Vital statistics of India. Vol. IV, Annual returns from 1871 to 1876. British Army of India, Native Army and jails of Bengal
Year: 1871
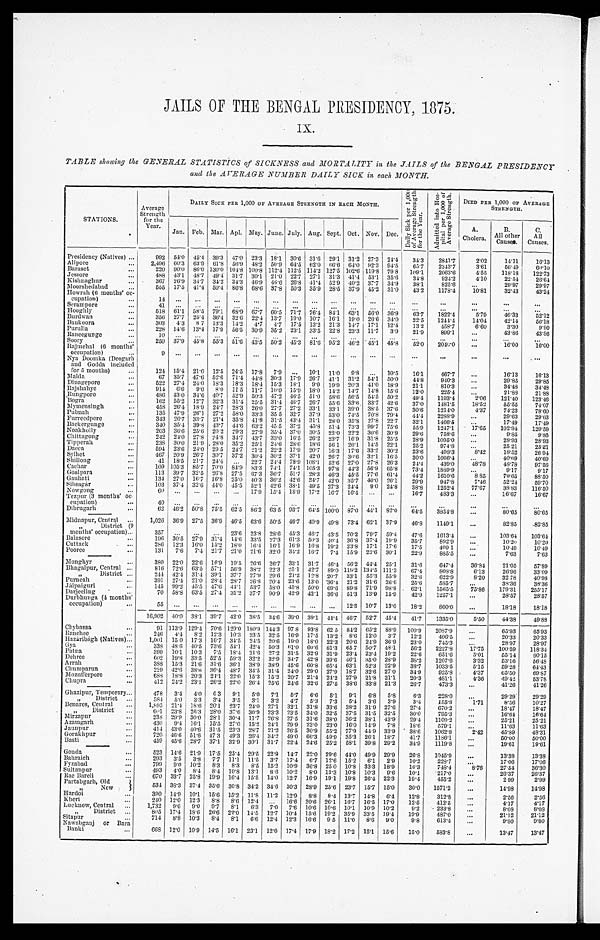
JAILS OF THE BENGAL PRESIDENCY, 1875.
IX.
TABLE showing the GENERAL STATISTICS of SICKNESS and MORTALITY in the JAILS of the BENGAL PRESIDENCY
and the AVERAGE NUMBER DAILY SICK in each MONTH.
STATIONS.
Average
Strength
for the
Year.
DAILY SICK PER 1,000 OF AVERAGE STRENGTH IN EACH MONTH.
D a i l y S i c k p e r 1 , 0 0 0 o f A v e r a g e S t r e n g t h f o r t h e Y e a r .
A d m i t t e d i n t o H o s p i t a l p e r 1 , 0 0 0 o f A v e r a g e S t r e n g t h .
DIED PER 1,000 OF AVERAGE
STRENGTH.
Jan. Feb. Mar. Apl. May. June. July. Aug. Sept. Oct. Nov. Dec.
A.
Cholera.
B.
All other
Causes.
C.
All
Causes.
Presidency (Natives) ...
992
5 4 . 0
4 5 . 4
3 9 . 3
4 7 . 0
2 3 . 3
1 8 . 1
3 0 . 6
3 1 . 6
2 9 . 1
3 1 . 2
2 7 . 3
2 4 . 4
3 4 . 3
2 8 4 1 . 7
2 . 0 2
1 4 . 1 1
1 6 . 1 3
Alipore
...
2,496 60.3 63.9 61.8
5 6 . 9 48.2 50.9 64.5
6 2 . 0 66.6 64.0
9 2 . 3 94.5
65.7
2 3 4 3 . 7
3 . 6 1
5 6 . 4 9
6 0 . 1 0
Baraset
...
220
9 0 . 0
8 6 . 0
1 3 0 . 0
1 0 4 . 8
1 0 0 . 8
1 1 2 . 4
1 1 2 . 5
1 1 4 . 2
1 2 7 . 5
1 0 2 . 6
1 1 9 . 8
7 9 8
1 0 9 . 1
2 0 6 3 . 6
4 . 5 5
1 1 8 . 1 8
1 2 2 . 7 3
Jessore
...
488 43.1 48.7 49.4 31.7 30.1 21.0
2 2 . 7
2 7 . 1
3 1 . 3 41.4 53.1 35.6
34.8
9 2 4 . 2
4 . 1 0
2 2 . 5 4
2 6 . 6 4
Kishnaghur
...
367
2 6 . 9 34.7
3 4 . 2
3 4 . 3 46.9 46.6 26.8
4 1 . 4 52.9 40.2 37.7 34.9
38.1
825.6
...
29.97
29.97
Moorshedabad
...
565 17.5
4 1 . 4 50.4 86.8 68.6 37.8 50.3 35.9 28.5 37.9 45.2 31.0
43.2
1178.4
10.81
32.43
43.24
Howrah (6 months' oc-
cupation)
...
1 4
. . .
. . .
. . .
. . .
. . .
. . .
. . .
. . .
. . .
. . .
. . .
. . .
. . .
. . .
...
. . .
. . .
Serampore
...
41
. . .
. . .
. . . . . .
. . .
. . .
. . .
. . .
. . .
. . .
. . .
. . .
. . .
. . .
. . .
. . .
. . .
Hooghly
...
518 61.1 58.5 79.1 68.9 67.7 60.5 71.7 76.4
8 4 . 1 63.1 56.0 36.9
63.7
1 8 2 2 . 4
5.79
46.33
52.12
Burdwan
...
356
2 7 . 7 25.4 36.4 32.6 22.4 13.7
1 9 . 0
1 0 . 7
1 6 . 1 19.0 26.6 34.0
22.5
1 2 4 4 . 4
14.04
42.14
56.18
Bankoora
...
303
4.3
8 7 13.3 14.2
4 . 7 4.7 17.5 13.2 21.3 14.7 17.1 12.4
13.2
4 5 8 . 7
6.60
3.30
9 . 9 0
Purulia
...
228 14.6
1 3 . 4 17.9 56.5 30.9 35.2 23.1 33.5 22.8 23.3 11.7
3.9
21.9
899.1
...
4 3 . 8 6
4 3 . 8 6
Raneegunge
...
10
. . .
. . .
. . .
. . .
. . .
. . .
. . .
. . .
. . .
. . .
. . .
. . .
. . .
. . .
. . .
. . .
. . .
Soory
. . .
250 37.9 45.8 55.3 51.6 43.5 50.2 45.3 81.6
9 5 . 2 46.2 45.1
4 5 . 8
52.0
2040.0
...
16.00
16.00
Rajmehal (6 months'
occupation)
...
9
. . .
. . .
. . .
. . .
. . .
. . .
. . . . . .
. . .
. . .
. . .
. . .
. . .
. . .
. . .
. . . . . .
Nya Doomka (Deogarh and Godda i ncl uded for 5 mont hs) . . .
1 2 4 15.4
2 1 . 0
1 2 . 5
2 4 . 5
1 7 . 8
7 . 9 . . .
1 0 . 1
1 1 . 0
9 . 8 . . .
1 0 . 5
1 6 . 1
4 6 7 . 7
. . .
1 6 . 1 3
1 6 . 1 3
Malda
...
67 35.7 47.6 52.6 71.4
4 4 . 8 30.3 17.9 26.7 41.1 31.2
5 4 . 1 50.0
4 4 . 8
940.3
...
29.85
29.85
Dinagepore
...
522 27.4 24.0 18.3 18.3
1 8 . 4
1 5 . 3
1 8 . 1
9 . 0
1 9 . 9
2 0 . 3
4 1 . 0
1 8 . 9
2 1 . 1
8 1 0 . 3
...
3 4 . 4 8
3 4 . 4 8
Rajshahye
. . .
914 6.6
9.0 8.0 11 5 11.7
1 0 . 0 15.9 18.0
1 4 . 2
1 4 . 7
1 4 . 8 15.6
12.0
225.4
...
21.88
2 1 . 8 8
Rungpore
...
486
4 3 . 0 34.6
4 0 . 7 52.9 50.3 47.2
4 6 . 5 51.0
5 8 . 6 56.5
5 4 . 5 50.2
49.4
1193.4
2.06
121.40
123.46
Bogra
...
162 55.2 12.7 32.3 31.4 25.5 31.4
4 6 . 7 26.7
5 5 . 6
3 3 . 6
3 3 . 7 42.6
37.0
1481.5
1 8 . 5 2
5 5 . 5 5
7 4 . 0 7
Mymensingh
. . .
458 26.4
1 8 . 9
2 4 . 7
2 8 . 3 26.0 27.7 27.2 33.1 33.1
3 9 . 0 38.5 37.6
30.6
1 2 1 4 . 0
4 . 3 7
7 4 . 2 3
7 8 . 6 0
Pubnah
...
135 47.9 26.1 27.2 58.0 33.3 35 5 32.7 37.9 53.0 74.5 70.8 79.4
4 4 . 4
2 2 8 8 . 9
...
29.63
29.63
Furreedpore
. . .
3 4 3
2 6 . 7 33.7 21.4 35.8 41.8
3 1 . 5
4 3 . 4
3 1 . 1 28.0 35.8 27.8 22.7
32.1
1 4 6 6 . 5
...
17.49
17.49
Backergunge
...
3 4 0 35.4 39.8
4 3 . 7 44.6 63.2 45.5
3 7 . 2 45.8 51.4 73.3 99.7 75.6
5 5 . 9
1247.1
1 7 . 6 5
1 0 2 . 9 4
120.59
Noakholly
...
203 36.6 25.6 20.2 29.3 27.9 35.4 37.0 30.5 22.0 22.2 30.6 30.9
29.6
758.6
...
9.85
9.85
Chittagong
...
2 4 2 24.0 27.8
2 4 . 8 34.7
4 3 . 7
3 3 . 0
1 6 . 5 26.2 23.7 16.9
3 1 . 8 25.5
28.9
1095.0
...
28.93
28.93
Tipperah
...
238 30.0
2 1 . 9
2 8 . 0
3 5 . 2 25.1 24.6
2 8 . 6
1 8 . 6
5 6 1
2 6 . 1 14.5 22.1
25.2
9 7 4 . 8
...
25 21
25. 21
Dacca
. . .
594
2 3 . 6 24.0 29.5 24.7 21.2
2 2 . 2
1 7 . 9
2 0 . 7
1 6 . 3
1 7 . 6 33.2 30.2
23.6
4 9 8 . 3
8.42
18.52
26 94
Sylhet
...
467 20.9 26.7 30.7 37.2 30.4 30.2 37.1
4 2 . 0
2 6 . 7
3 0 . 6
3 2 . 1
1 6 . 5
30.0
1066.4
...
40.69
40.69
Shillong
. . .
41 18.5 21.7
2 4 . 4
. . . 22.7 24.4 78.9
1 0 8 . 1 52.6 27.0 27.8 26.3
2 4 . 4
439.0
48.78
48.78
97.56
Cachar
...
109 105.3 85.7 70.0 84.9
8 3 . 3
7 4 . 1
7 4 . 1
1 0 5 . 3
9 7 . 8
4 4 . 2 56.9
6 5 . 8
7 3 . 4
1 8 8 9 . 9
...
9.17
9.17
Goalpara
. . .
113
3 9 . 7
3 2 . 5
2 6 . 8 27.5 67.3
3 6 . 7 51.7 28.3
4 6 . 3 45.5 77.6 61.4
4 4 . 2
1610.6
8 85
79.65
88.50
Gauhati
. . .
134
2 7 . 0 16.7 16.8 25.0
4 0 . 3
3 6 . 2 42.6 34.7
4 2 . 0
3 5 . 7 40.0
2 6 . 1
29.9
947.8
7.46
52.24
59.70
Sibsagár
. . .
103
3 7 . 4
3 2 . 6
4 4 . 0 45.5 52.1 42.6 38.1 49.5 27.3 24.4 9.0
2 4 . 8
38.8
1252.4
77.67
38.83
116.50
Nowgong
. . .
6 0 ...
...
...
...
17.9 15.4 18.9 17.2 16.7 16.4 ...
...
16.7
483.3
...
16.67
16.67
Tezpur (3 months ' oc
-
cupation)
. . .
4 0
. . .
. . .
. . .
. . .
. . .
. . .
. . .
. . .
. . .
. . .
. . .
. . .
. . .
. . .
. . .
. . .
. . .
Dibrugarh
. . .
62
4 6 . 2 50.8 75.5 62.5 86.2 63.5 93.7
6 4 . 5
1 0 0 . 0 87.0
4 4 . 1
8 2 . 0
64.5
3854.8
...
80.65
80.65
Midnapur, Central
. . .
1 , 0 2 6 36.9 27.5 36.9 46.5 63.6 50.5 46.7 40.9 49.8 73.4 62.1 37.9
46.8
1149.1
. . .
8 2 . 8 5
8 2 . 8 5
, , D i s t r i c t
( 9
months' occupation)...
357
. . .
. . .
. . . 23.6 23.8 28.6
4 5 . 3 46.7 43.5 70.2 79.7 59.4
4 7 . 6
1613.4
...
103.64
103.64
Balasore
...
196 30.5 27.9 31.4 14.6 33.5 27.3
6 1 . 3 50.3
4 0 . 4 36.8 37.4 19.9
35.7
8 9 2 . 9
...
1 0 . 2 0
1 0 . 2 0
Cuttack
...
286 12.3
1 6 . 0
1 5 . 2 18.0 16.4 16.1 16.9 16.8 19.2 23.8 17.1 17.6
17.5
4 0 9 1
...
10.49
10.49
Pooree
...
131
7.6 7.4 21.7 21.0 21.6 32.0
3 4 . 2
1 6 . 7
7 . 4 15.9 23.6 30.1
22.9
885.5
...
7.63
7.63
Monghyr
. . .
380 22.0 22.6
1 6 . 9
1 9 . 5
2 6 . 6
2 6 . 7
3 3 . 1
3 1 . 7
4 6 . 4
5 6 . 2
4 4 . 4
2 5 . 1
3 1 . 6
6 4 7 . 4
3 6 . 8 4
2 1 . 0 5
5 7 . 8 9
Bhagalpur, Central ...
8 1 6 72.6 63.5 57.1 56.9 38.2 22.3 25.1
4 2 . 7 89.0
1 1 9 . 2
1 3 4 . 5
1 1 1 . 3
67.4
808.8
6.13
2 6 . 9 6
3 3 . 0 9
, , D i s t r i c t ...
244 42.4 31.4 39.1 37.7 27.9
2 9 . 6 21.2 12.8 20.7 33.1 55.3 55.9
32.8
622.9
8.20
32 78
40.98
Purneah
...
391 27.4 21.0 28.4 28.7 26.8 20.4 23.6 13.0
3 6 . 4
2 1 . 2 31.6 26.6
2 5 . 6
585.7
...
38.36
3 8 . 3 6
Jálpaiguri
. . .
1 4 5
9 9 . 2
4 5 . 5 47.6
4 4 . 1 53.7 58.0 45.8 50.0
6 9 . 6 89.8 71.9 98.8
6 2 . 1
1565.5
75.86
179.31
255.17
Darjeeling
...
70 58.8 63.5 27.4 31.2 37.7 90.9 42.9 42.1
3 6 . 6
5 1 . 3 13.9 15.9
42.9
1257.1
...
28.57
28.57
Durbhunga (4 months'
occupation)
...
55
. . .
. . .
. . .
. . .
. . .
. . .
. . .
. . .
. . .
1 2 . 3 10.7 13.0
18.2
8 0 0 . 0
...
1 8 . 1 8
1 8 . 1 8
1 6 , 9 0 2
4 0 . 0
3 8 . 1
3 9 . 7
4 2 . 0
3 8 . 5
3 4 . 6
3 9 . 0
3 9 . 1
4 4 . 4
4 6 . 7
5 2 . 7
4 5 . 4
4 1 . 7
1 3 3 5 . 0
5 . 5 0
4 4 . 3 8
4 9 . 8 8
Chybassa
...
91 113.9 129.4 70.6 129.0 180.9 144.3 97 8 93.8 62 5
8 4 . 2
6 5 . 2 88.9 109.9
2087.9
...
65.93
65.93
Ranchee
. . .
2 4 6 4.4 8.2 12.3
1 0 . 3
2 3 . 5 32.5 16.9 17.5
1 3 . 2
8 . 6
1 2 . 0
3 . 7
12.2
4 0 6 . 5
...
2 0 . 3 3
2 0 . 3 3
Hazáribágh (Natives) ...
1 , 0 0 1
1 5 0
1 7 . 3
1 6 . 7
3 4 . 5
2 4 . 5
2 0 . 6 19.0 18.0 22.3 20.6
2 4 . 9
3 6 . 9
2 3 . 0
7 4 5 . 3
...
28.97
28.97
Gya
...
338 48.6
4 0 . 5 73.6
5 4 . 1
4 2 . 4 50.3
6 1 . 0 60.6 81.3 65 7 50.7 48.1
56.2
2227.8
17.75
100.59
118.34
Patna
...
399 10.1 10.3 7.5 18.4 21.6 27.2 31.5 32.9 31.9 23.4 23.4 19.2
22.6
651.6
5.01
55.14
60.15
Dehree
...
6 0 2
1 9 . 8
3 3 . 5 52.5 59.3 32.2 32.9 34.7
4 2 . 8 39.6 46.1 35.0 28.9
38.2
1207.6
3.32
53.16
5 6 . 4 8
Arrah
...
3 8 8
1 5 . 3
2 1 . 6
3 1 . 6
3 6 . 1
3 8 . 9
3 8 . 9
4 5 . 6
6 0 . 8
6 5 . 4
6 3 . 1
5 2 . 3
2 2 . 9
3 8 . 7
1 0 3 3 . 5
5 . 1 5
5 9 . 2 8
6 4 . 4 3
Chumparun
...
229 42.6 38.6 36.4 48.7 34.5 31.4 24.0 29.0 27.9 18.7 32.6 27.0
34.9
925.8
4 . 3 7
6 5 . 5 0
6 9 . 8 7
Mozufferpore
. . .
688 18.8 20.3 24.1 22.0 15.3 15.2 20.7 21.4
2 4 . 2 27.9 21.8 21.1
20.3
481.1
4.36
49.42
53.78
Chupra
...
412 24.2 23.1 26.2 22.0 26.4 25.6 24.6 32.6 27.5 38.6 33.8 21.3
26.7
473.3
...
41.26
41.26
Ghazipur, Temporary...
478
3.4 4.0
6 3 9.1
5.0 7.1
5.7
6.6
5.1 9.1
6.8 5.8
6.3
2 2 8 . 0
...
29.29
29.29
„
District ...
5 8 4
5 . 0 3.3
3.4
3.5
3.1
3.2 4.7
5.3 7.3
5.4 3.6
3.9
3.4
1 5 5 . 8
1.71
8.56
10.27
Benares, Central
...
1,895 21.4 18.6 20.1 23.7
2 4 . 0 27.1 32.1 31.8 33.6
3 8 . 2 31.9 27.6
27.4
670.2
...
1 8 . 4 7
1 8 . 4 7
, , D i s t r i c t
...
6 0 1
2 3 . 8 26.3 28.0 37.6 30.9 23.3 23.5
3 4 . 0
3 2 . 5 37.5 31.5 32.5
30.0
795.3
...
16.64
16.64
Mirzapur
...
238
2 9 . 9 30.0 28.1 30.4 11.7 26.8 27.5 31.6 38.0
3 6 . 2
3 8 . 1
4 3 . 9
29.4
1109.2
...
25.21
25.21
Azamgarh
...
430
9.4 16.1 15.5 27.0
1 5 . 2
2 4 . 1 29.9 23.0 23.0
1 6 . 0 14.9 7.8
1 8 . 6
5 7 9 . 1
. . .
11.63
11.63
Jaunpur
...
414 43.0
4 0 . 6 31.5 23.3 28.7 21.2 26.5 30.9 55.2 77.9
4 4 . 9 33.9
38.6
1062.8
2 . 4 2
4 5 . 8 9
48.31
Gorakhpur
...
720
4 6 . 6 51.6 47.3
4 9 . 3 26.4 34.2 49.0 66.3 49.9 35.3 26.1 18.7
41.7
1186.1
...
50.00
50.00
Basti
...
459
4 5 . 6 28.7 37.1 32.9 30.1 31.7 22.4 24.6 25.2 58.1 39.8 29.2
3 4 . 9
1119.8
...
19.61
19.61
Gonda
...
5 2 3
1 4 . 6
2 1 . 9 17.5 25.4 29.5 22.9 14.7 22.0 29.6 44.0 49.9 29.9
26.8
1045.9
...
13.38
13.38
Bahraich
. . .
293
3.5
3.8
7.7 11.1 11.5 3.7 17.4
6 . 7
1 2 . 6
1 5 . 2 6.1 2.9
10.2
228.7
...
17.06
17.06
Fyzabad
...
799
9.0 10.2
8.3 8.3
8.5 15.2 10.9 36.8
2 5 . 0 10.8 33.3 18.9
16.3
7 4 8 . 4
8.76
27.54
36.30
Sultanpur
...
493
4 . 0
8 . 4
8 . 4 10.8 13.1
8.6 10.2
8.0 13.3
1 0 . 8 10.3
9.6
10.1
217.0
...
26.37
26.37
Rae Bareli
...
670 33.7 25.8 19.9 16.4 15.5 14.0 12.7 16.9 19.1 19.8 26.4 22.3
19.4
455.2
...
2.99
2.99
Partabgarh, Old
534 38.3 37.4 35.6 30.8 34.2 34.6 30.3 28.9 25.6 23.7 15.7 15.0
30.0
1571.2
...
1 4 . 9 8
1 4 . 9 8
, , N e w
H a r d o i
. . .
3 9 0
1 4 . 9
1 0 . 1
1 5 . 6
1 5 . 2
1 1 . 8
1 1 . 2
1 2 . 9
8 . 8 8.4 13.7 14.8
6 . 4
12.8
312.8
...
2.56
2.56
Kheri
. . .
2 4 0 12.0 12.3
8.8
8.6 12.4 ...
16.6 20.6 26.1 16.7 16.5 17.0
12.5
412.5
...
4.17
4.17
Lucknow, Central
. . .
1,732
9.6 9.0 9.7 8.1
6.3 7.0 7.6 10.6 10.6 10.1 10.9 10.2
9.2
2 3 3 . 8
...
8.08
8 . 0 8
„
District ...
805 17.4 18.6 26.6 22.0
1 4 . 5 12.7 10.4 15.6 19.2 35.9 33.5
1 9 . 4
1 9 . 9
487.0
...
21.12
21.12
Sitapur
...
714
8 . 8 10.3
8 . 4
8 . 1
6 . 6 12.4 12.3 16.6
9 . 5 11.0 8.6 9.0
9.8
613.4
...
9 . 8 0
9 . 8 0
Nawabganj or Bara
Banki
...
6 6 8
1 2 . 0
1 0 . 9
1 4 . 5
1 6 . 1
2 3 . 1
1 2 . 0
1 7 . 4
1 7 . 9
1 8 . 2
1 7 . 2
1 5 . 1
1 5 . 6
1 5 . 0
5 8 3 . 8
. . .
1 3 . 4 7
1 3 . 4 7